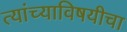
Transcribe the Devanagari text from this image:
त्यांच्याविषयीचा